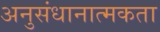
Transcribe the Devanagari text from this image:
अनुसंधानात्मकता